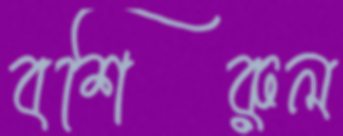
বশিরুল